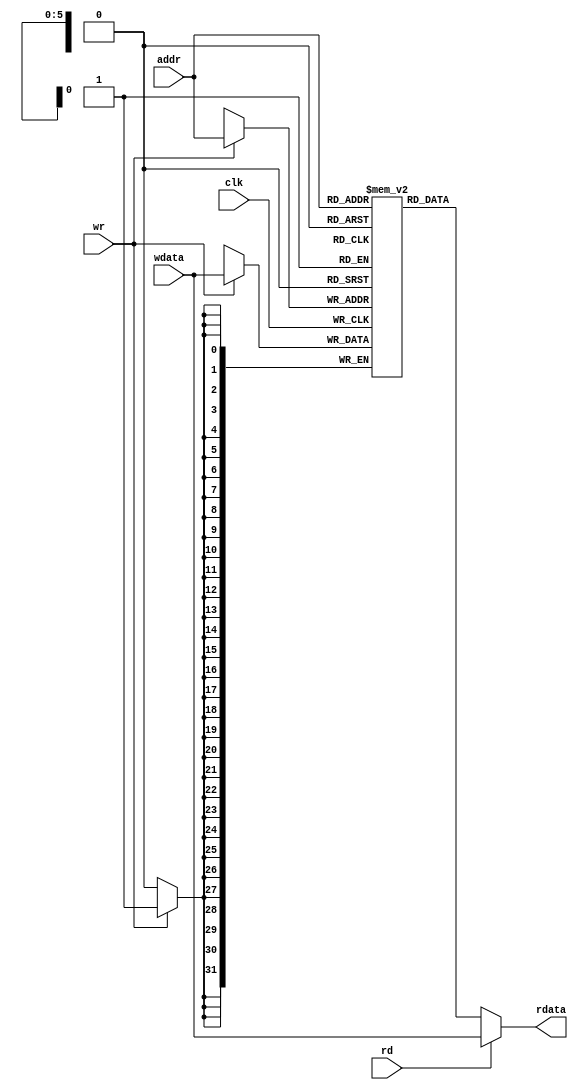
// by ccpizzadaisuki, modified 141103
// partly copied from github.com/jmahler/mips-cpu/
// Data Memory(single cycle).

/*
 * Data Memory.
 *
 * 32-bit data with a 7 bit address (128 entries).
 *
 * The read and write operations operate somewhat independently.
 *
 * Any time the read signal (rd) is high the data stored at the
 * given address (addr) will be placed on 'rdata'.
 *
 * Any time the write signal (wr) is high the data on 'wdata' will
 * be stored at the given address (addr).
 * 
 * If a simultaneous read/write is performed the data written
 * can be immediately read out.
 */

`ifndef _dm
`define _dm

module dm(rdata,clk,addr,rd,wr,wdata);
		output wire	[31:0]	rdata;
		input wire			clk;
		input wire	[5:0]	addr;
		input wire			rd, wr;
		input wire 	[31:0]	wdata;

	reg [31:0] mem [0:63];  // 32-bit memory with 128 entries

	always @(posedge clk) begin
		if (wr==1) mem[addr]=wdata;
	end
	assign rdata = rd ? wdata : mem[addr][31:0];

endmodule

`endif